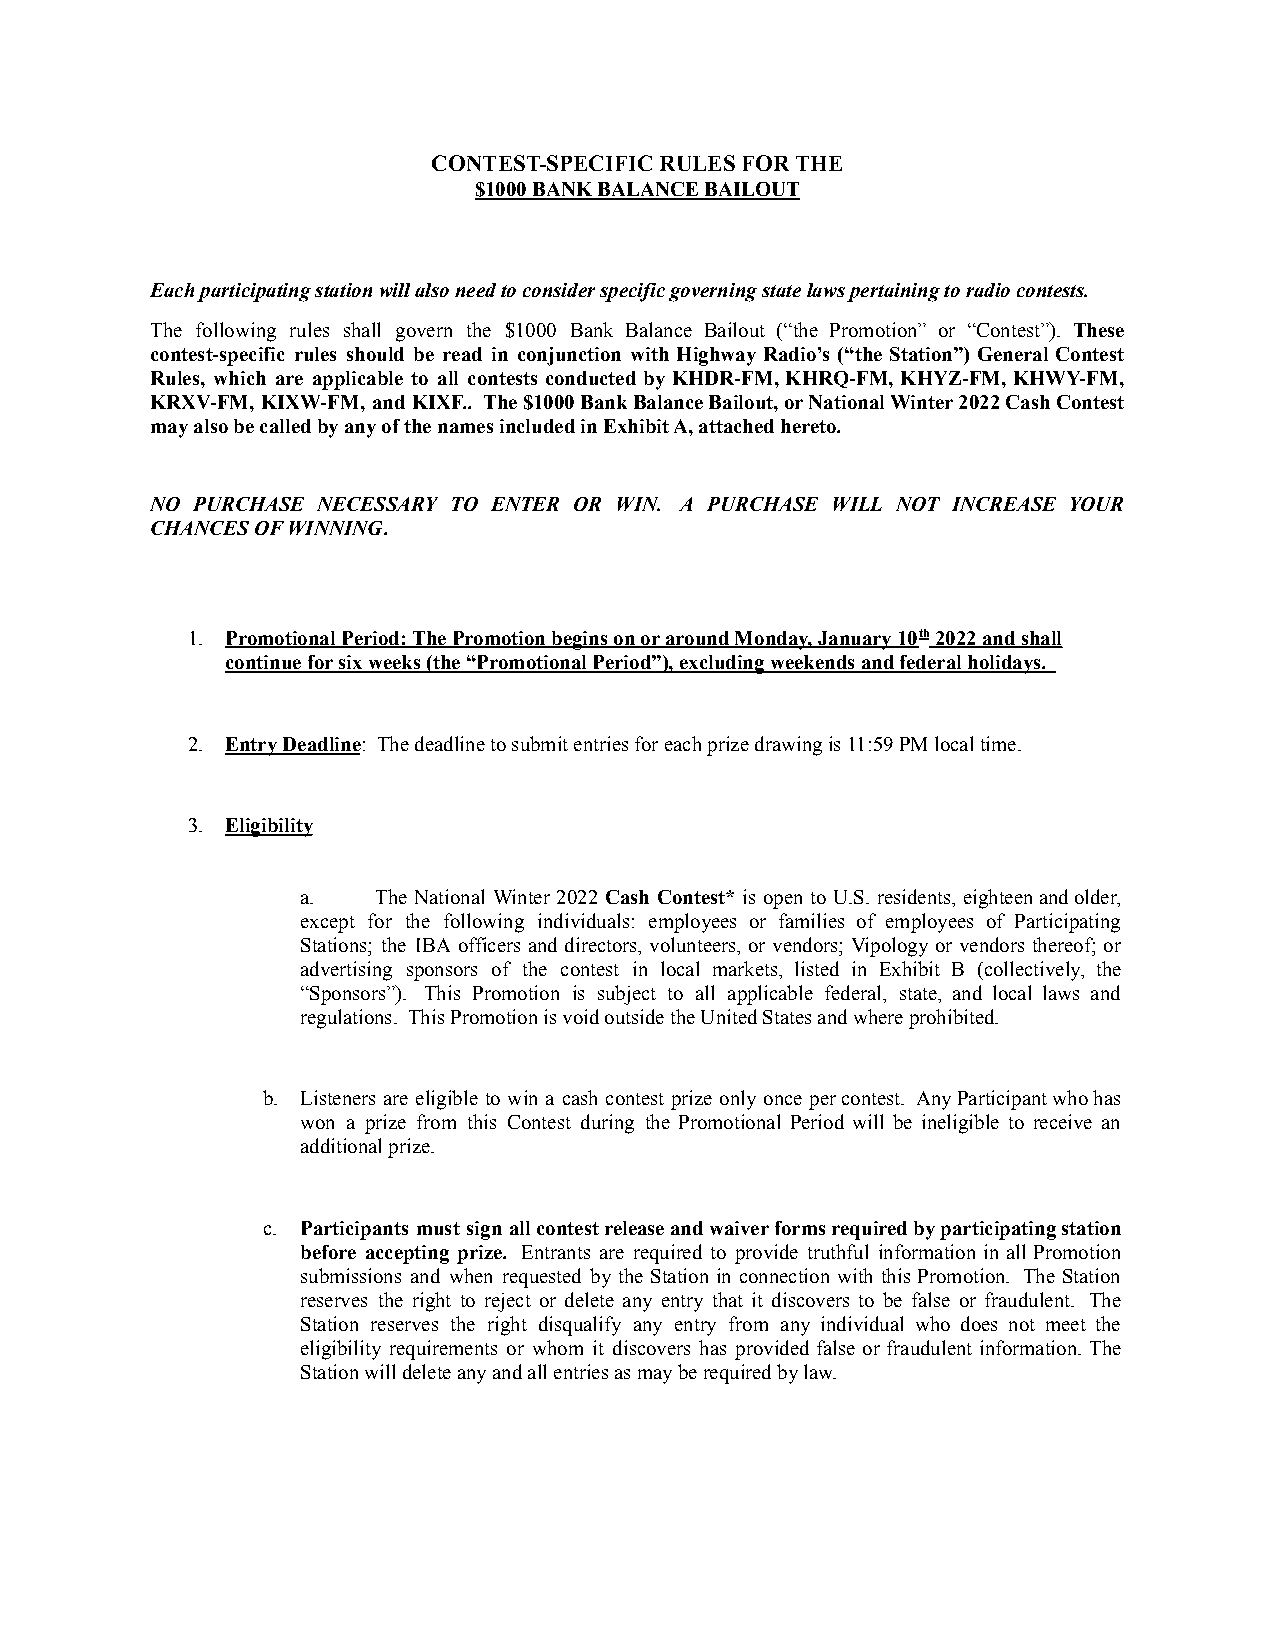
CONTEST-SPECIFIC RULES FOR THE
 $1000 BANK BALANCE BAILOUT
 Each participating station will also need to consider specific governing state laws pertaining to radio contests.
 The following rules shall govern the $1000 Bank Balance Bailout (“the Promotion” or “Contest”). These
 contest-specific rules should be read in conjunction with Highway Radio’s (“the Station”) General Contest
 Rules, which are applicable to all contests conducted by KHDR-FM, KHRQ-FM, KHYZ-FM, KHWY-FM,
 KRXV-FM, KIXW-FM, and KIXF.. The$1000BankBalanceBailout,orNationalWinter2022CashContest
 may also be called by any of the names included in Exhibit A, attached hereto.
 NO PURCHASE NECESSARY TO ENTER OR WIN. A PURCHASE WILL NOT INCREASE YOUR
 CHANCES OF WINNING.
 1. Promotional Period: The Promotion begins on or around Monday, January 10th2022 and shall
 continue for six weeks (the “Promotional Period”), excluding weekends and federal holidays.
 2. Entry Deadline: The deadline to submit entries foreach prize drawing is 11:59 PM local time.
 3. Eligibility
 a.   The National Winter 2022 Cash Contest* is open to U.S. residents, eighteenandolder,
 except for the following individuals: employees or families of employees of Participating
 Stations; the IBA officers and directors, volunteers, or vendors; Vipology or vendors thereof; or
 advertising sponsors of the contest in local markets, listed in Exhibit B (collectively, the
 “Sponsors”). This Promotion is subject to all applicable federal, state, and local laws and
 regulations. This Promotion is void outside the United States and where prohibited.
 b. Listeners are eligible to win a cash contest prize only once percontest. AnyParticipantwhohas
 won a prize from this Contest during the Promotional Period will be ineligible to receive an
 additional prize.
 c. Participants must sign allcontestreleaseandwaiverformsrequiredbyparticipatingstation
 before accepting prize. Entrants are required to provide truthful information in all Promotion
 submissions and when requested by the Station in connection with this Promotion. The Station
 reserves the right to reject or delete any entry that it discovers to be false or fraudulent. The
 Station reserves the right disqualify any entry from any individual who does not meet the
 eligibility requirements or whom it discovers has provided false or fraudulent information. The
 Station will delete any and all entries as may be required by law.